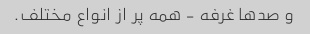
و صدها غرفه - همه پر از انواع مختلف.